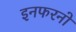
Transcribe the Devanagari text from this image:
इनफरनो